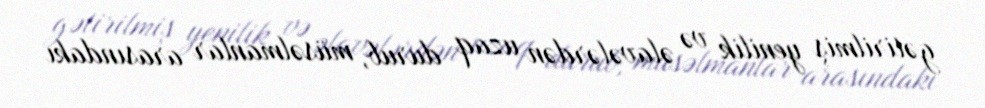
gətirilmiş yenilik və əlavələrdən uzaq durub, müsəlmanlar arasındakı